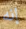
إنه